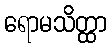
ရောမသိတ္ထာ